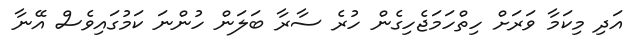
އަދި މިކަމާ ވަރަށް ހިތްހަމަޖެހިގެން ހުރެ ސާރާ ބަލަން ހުންނަ ކަމުގައިވެސް އޭނާ